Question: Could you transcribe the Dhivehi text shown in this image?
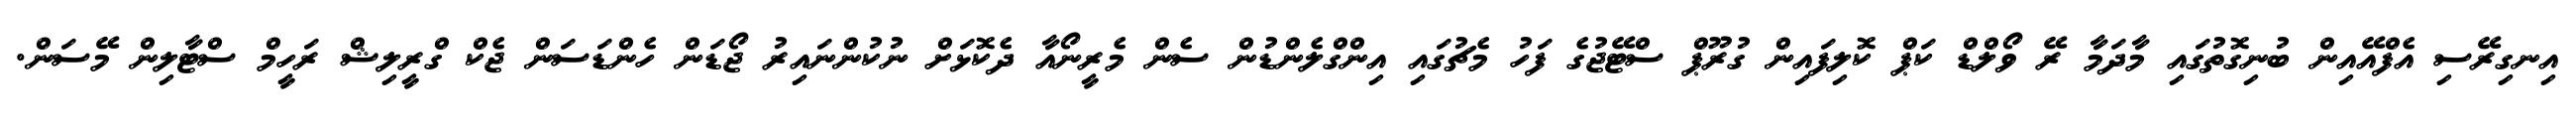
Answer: އިނގިރޭސި އެފްއޭއިން ބުނިގޮތުގައި މާދަމާ ރޭ ވޯލްޑް ކަޕް ކޮލިފައިން ގުރޫޕް ސްޓޭޖުގެ ފަހު މެޗުގައި އިންގްލެންޑުން ސެން މެރީނޯއާ ދެކޮޅަށް ނުކުންނައިރު ޖޯޑަން ހެންޑަސަން ޖެކް ގްރީލިޝް ރަހީމް ސްޓާލިން މޭސަން.